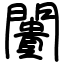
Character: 闠